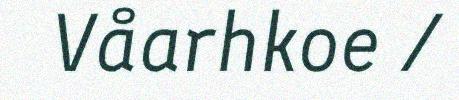
Våarhkoe /